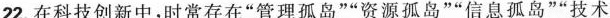
22.在科技创新中，时常存在”管理孤岛””资源孤岛””信息孤岛””技术